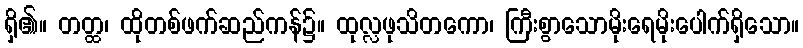
ရှိ၏။ တတ္ထ၊ ထိုတစ်ဖက်ဆည်ကန်၌။ ထုလ္လဖုသိတကော၊ ကြီးစွာသောမိုးရေမိုးပေါက်ရှိသော။